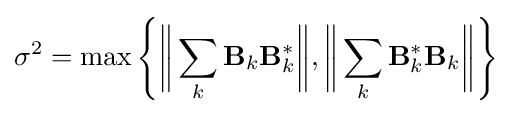
\sigma ^{2}=\max \left\{{\bigg \Vert }\sum _{k}\mathbf {B} _{k}\mathbf {B} _{k}^{*}{\bigg \Vert },{\bigg \Vert }\sum _{k}\mathbf {B} _{k}^{*}\mathbf {B} _{k}{\bigg \Vert }\right\}